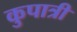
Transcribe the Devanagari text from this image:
कुपात्री